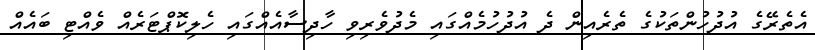
އެތެރޭގެ އުދުހުންތަކުގެ ތެރެއިން ދެ އުދުހުމެއްގައި މެދުވެރިވި ހާދިސާއެއްގައި ހެލިކޮޕްޓަރެއް ވެއްޓި ބައެއް